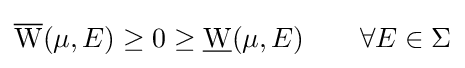
{\overline {\mathrm {W} }}(\mu ,E)\geq 0\geq {\underline {\mathrm {W} }}(\mu ,E)\qquad \forall E\in \Sigma